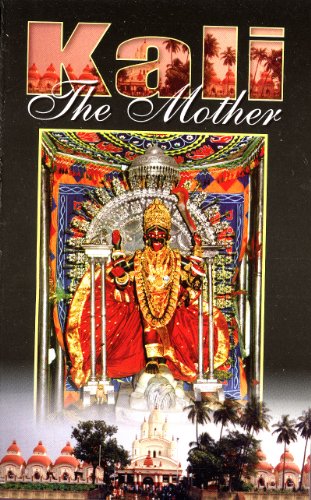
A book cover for Kali the Mother; Sister Nivedita; Religion & Spirituality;